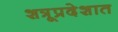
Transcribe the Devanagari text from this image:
शत्रूप्रदेशात